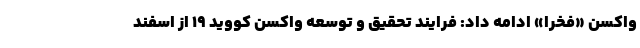
واکسن «فخرا» ادامه داد: فرایند تحقیق و توسعه واکسن کووید ۱۹ از اسفند